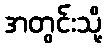
အတွင်းသို့